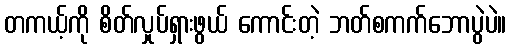
တကယ့်ကို စိတ်လှုပ်ရှားဖွယ် ကောင်းတဲ့ ဘတ်စကက်ဘောပွဲပဲ။